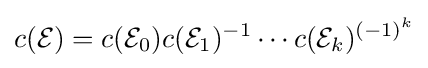
c({\mathcal {E}})=c({\mathcal {E}}_{0})c({\mathcal {E}}_{1})^{-1}\cdots c({\mathcal {E}}_{k})^{(-1)^{k}}